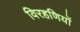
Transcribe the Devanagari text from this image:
विरहणियों